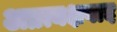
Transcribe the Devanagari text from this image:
अप्रत्यक्षवाद